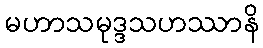
မဟာသမုဒ္ဒသဟဿာနိ